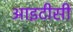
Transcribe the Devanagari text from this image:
आइटीसी